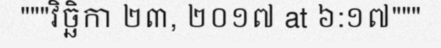
"""វិច្ឆិកា ២៣, ២០១៧ at ៦:១៧"""